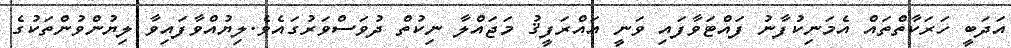
އަދަބީ ހަރަކާތްތައް އެމަނިކުފާނު ފައްޓަވާފައި ވަނީ އައްރަފީޤު މަޖައްލާ ނިކުތް ދުވަސްވަރުގައެވެ.ލިޔުއްވާފައިވާ ލިޔުންވުންތަކުގެ